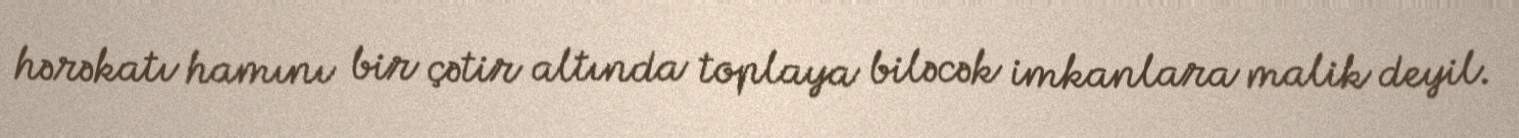
hərəkatı hamını bir çətir altında toplaya biləcək imkanlara malik deyil.